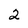
Character: 2